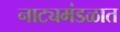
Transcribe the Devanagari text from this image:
नाट्यमंडळात